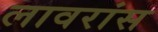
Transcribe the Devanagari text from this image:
लावरांस